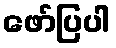
ဖော်ပြပါ